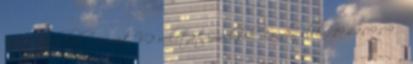
Megkezdõdnek a német V-2 rakétatámadások London ellen. 1944.09.09. -